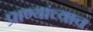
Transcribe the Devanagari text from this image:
प्राण्यांच्याच